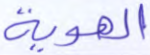
الهوية